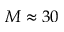
M \approx 3 0